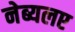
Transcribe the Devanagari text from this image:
नेब्यलए